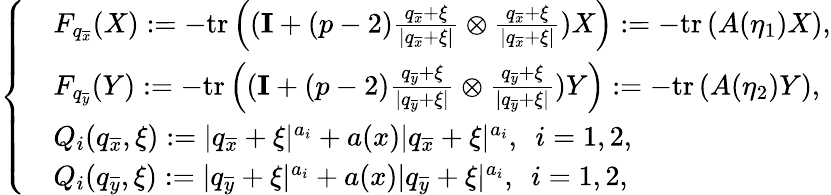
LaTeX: \left\{ \begin{array}{rl}&{F_{q_{\overline{{x}}}}(X):=-\mathrm{tr}\left((\textbf{I}+(p-2)\frac{q_{\overline{{x}}}+\xi}{|q_{\overline{{x}}}+\xi|}\otimes\frac{q_{\overline{{x}}}+\xi}{|q_{\overline{{x}}}+\xi|})X\right):=-\mathrm{tr}\left(A(\eta_{1})X\right),}\\ &{F_{q_{\overline{{y}}}}(Y):=-\mathrm{tr}\left((\textbf{I}+(p-2)\frac{q_{\overline{{y}}}+\xi}{|q_{\overline{{y}}}+\xi|}\otimes\frac{q_{\overline{{y}}}+\xi}{|q_{\overline{{y}}}+\xi|})Y\right):=-\mathrm{tr}\left(A(\eta_{2})Y\right),}\\ &{Q_{i}(q_{\overline{{x}}},\xi):=|q_{\overline{{x}}}+\xi|^{a_{i}}+a(x)|q_{\overline{{x}}}+\xi|^{a_{i}},\ \ i=1,2,}\\ &{Q_{i}(q_{\overline{{y}}},\xi):=|q_{\overline{{y}}}+\xi|^{a_{i}}+a(x)|q_{\overline{{y}}}+\xi|^{a_{i}},\ \ i=1,2,}\end{array}\right.